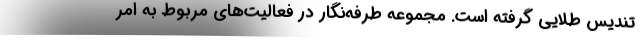
تندیس طلایی گرفته است. مجموعه طرفه‌نگار در فعالیت‌های مربوط به امر